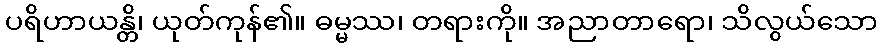
ပရိဟာယန္တိ၊ ယုတ်ကုန်၏။ ဓမ္မဿ၊ တရားကို။ အညာတာရော၊ သိလွယ်သော